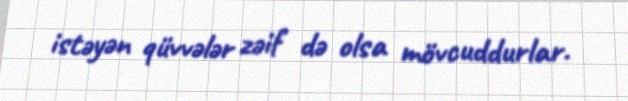
istəyən qüvvələr zəif də olsa mövcuddurlar.